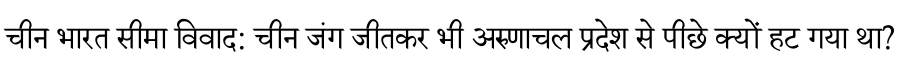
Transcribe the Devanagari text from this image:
चीन भारत सीमा विवाद: चीन जंग जीतकर भी अरुणाचल प्रदेश से पीछे क्यों हट गया था?